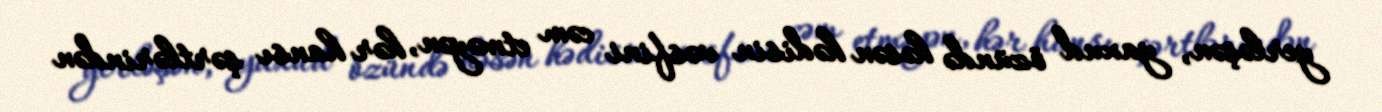
yerləşən, yaxud özündə həsən hədisin vəsfini cəm etməyən, hər hansı şərtlərindən